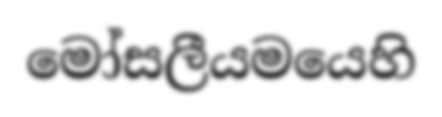
මෝසලීයමයෙහි